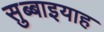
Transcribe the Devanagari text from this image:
सुब्बाइयाह